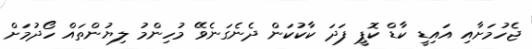
ޖެހުމަށާއި އައިޑީ ކާޑް ކޮޕީ ފަދަ ކާކުކަން ދެނެގަނެވޭ މުހިންމު ލިޔުންތައް ހޯދުމަށް